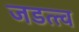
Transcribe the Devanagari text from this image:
जडत्त्व